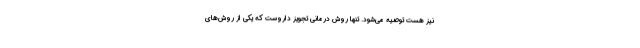
نیز هست توصیه می‌شود. تنها روش درمانی تجویز داروست که یکی از روش‌های